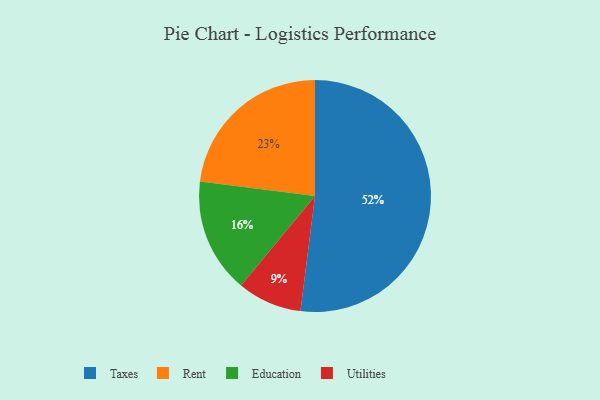
{"axis": {"x": "Category", "y": "Percentage"}, "legend": ["Education", "Rent", "Taxes", "Utilities"], "data": [{"x": "Rent", "y": 23, "type": "Rent"}, {"x": "Utilities", "y": 9, "type": "Utilities"}, {"x": "Taxes", "y": 52, "type": "Taxes"}, {"x": "Education", "y": 16, "type": "Education"}]}